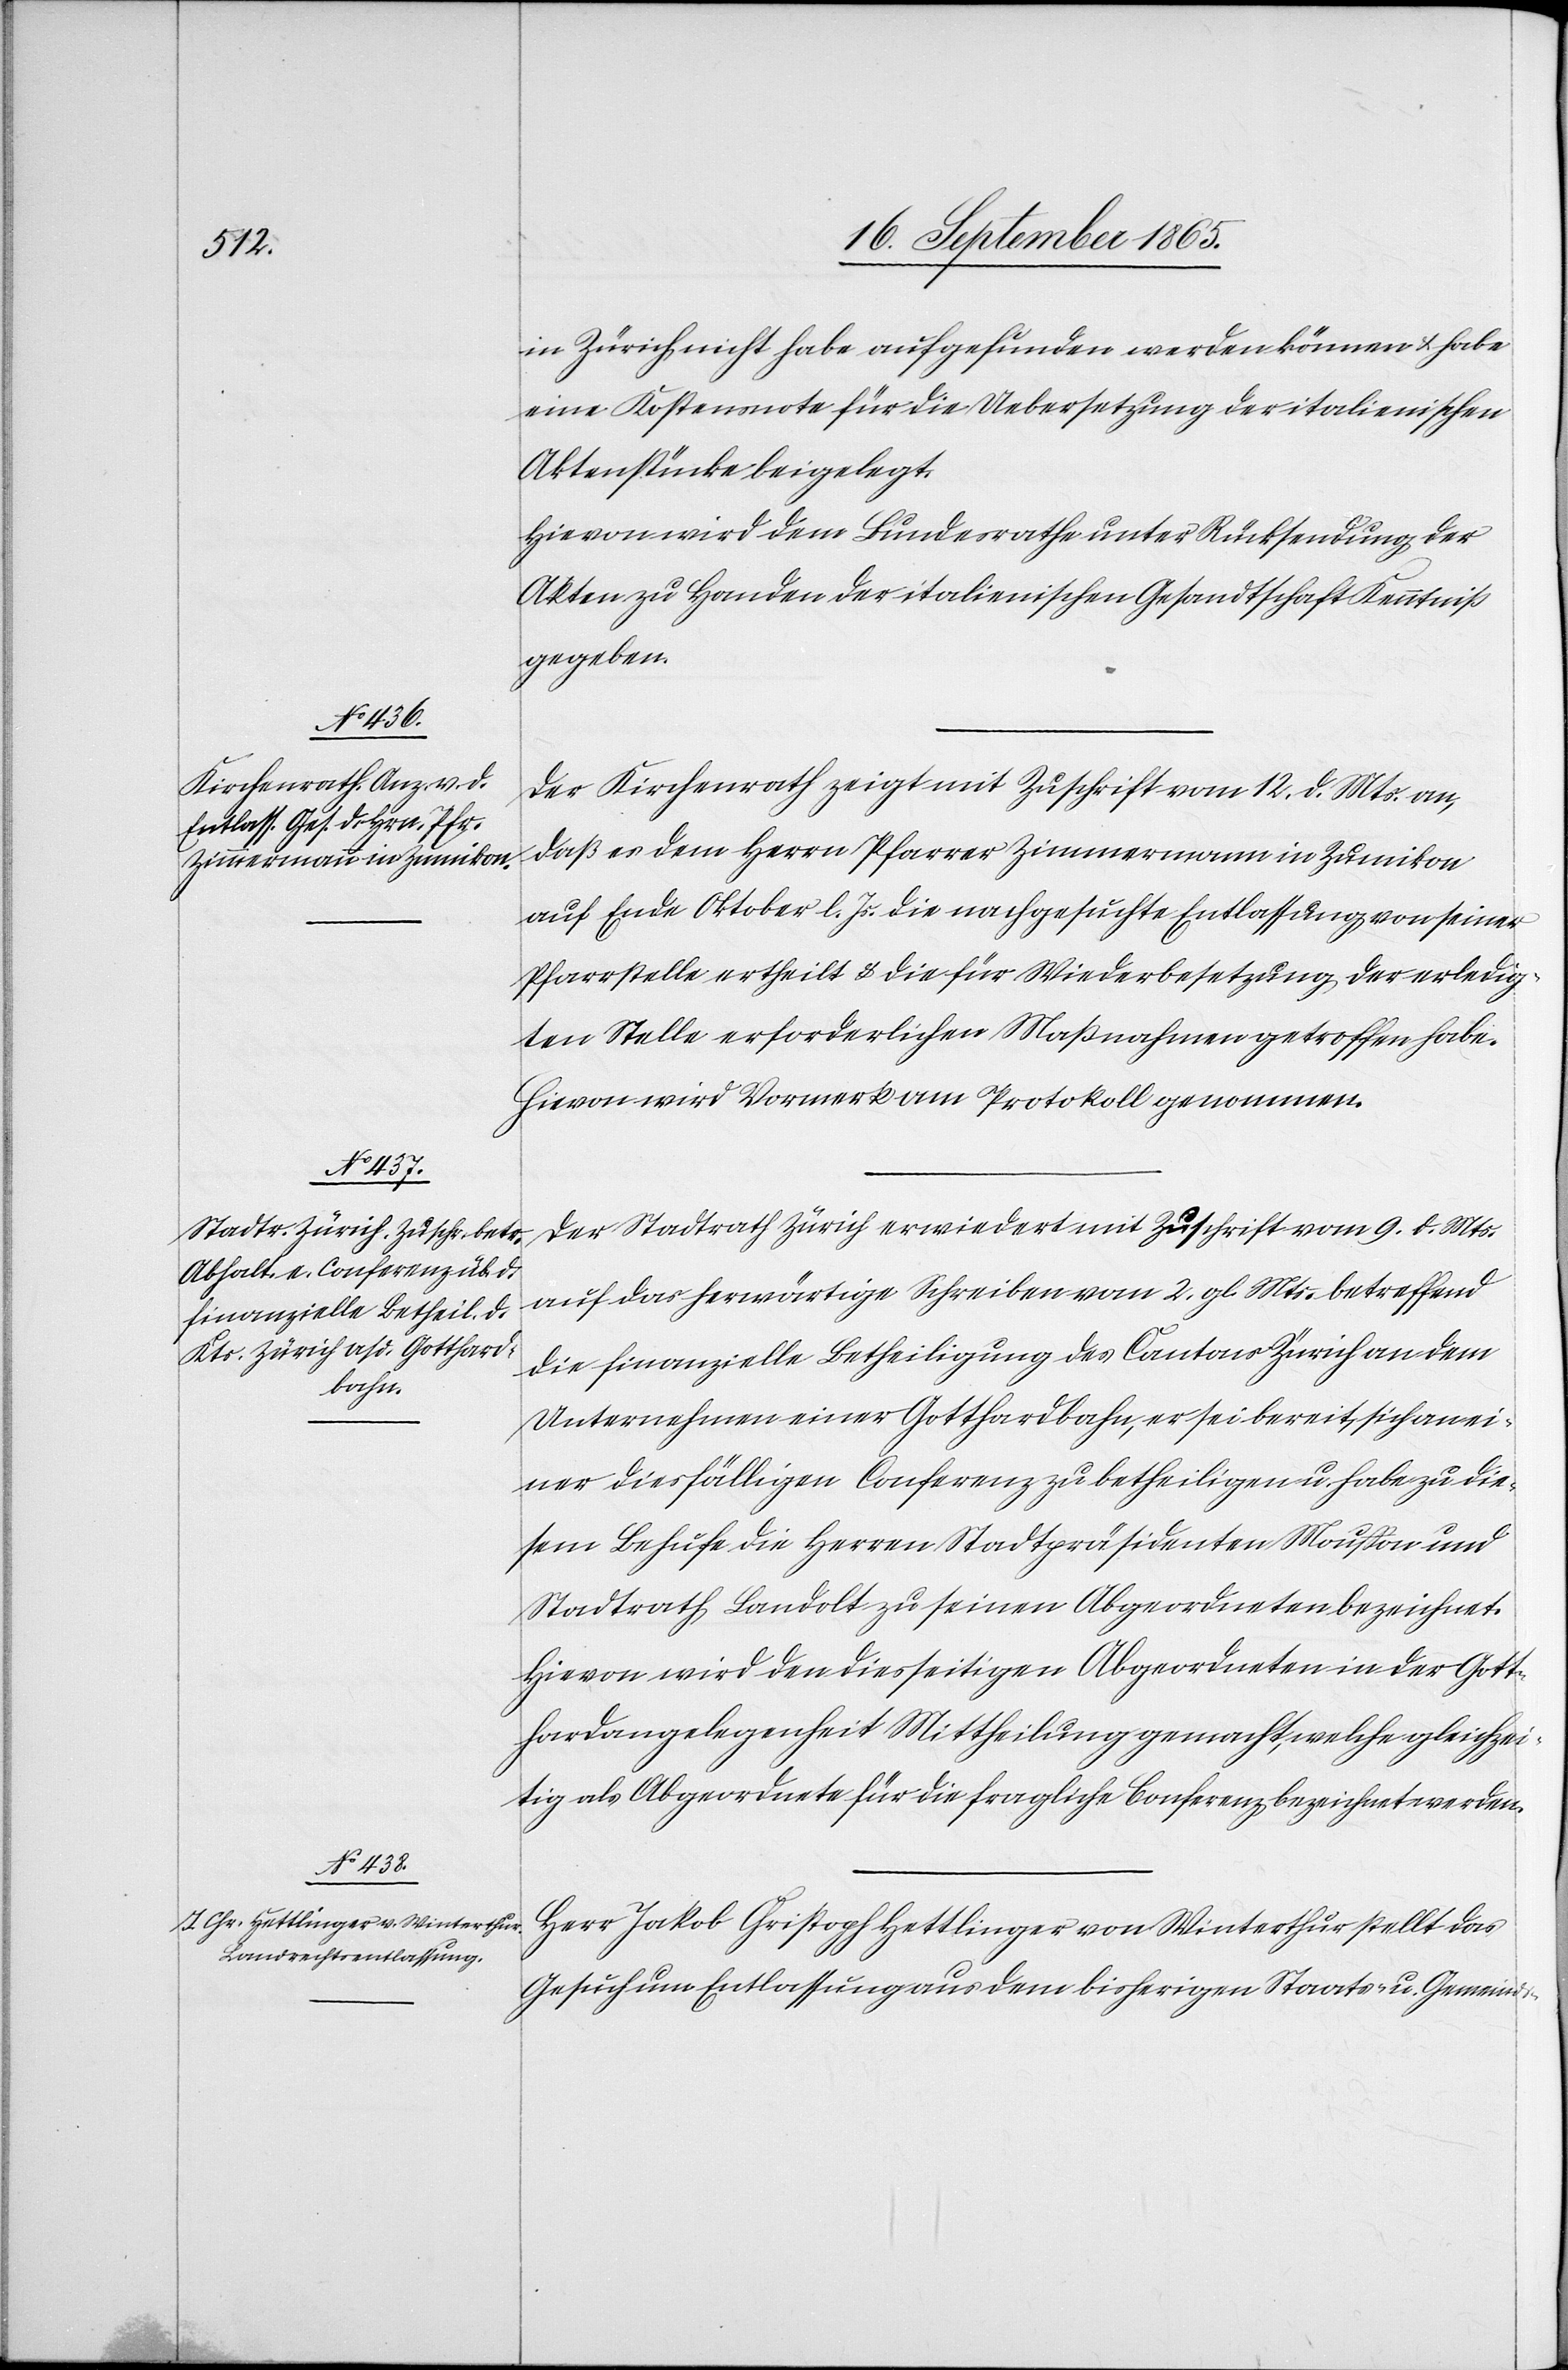
in Zürich nicht habe aufgefunden werden können u. habe
eine Kostensnote für die Uebersetzung der italienischen
Aktenstücke beigelegt.
Hievon wird dem Bundesrathe unter Rücksendung der
Akten zu Handen der italienischen Gesandtschaft Kenntniß
gegeben.
Der Kirchenrath zeigt mit Zuschrift vom 12. d. Mts. an,
daß es dem Herrn Pfarrer Zimmermann in Zumikon
auf Ende Oktober l. Js. die nachgesuchte Entlassung von seiner
Pfarrstelle ertheilt u. die für Wiederbesetzung der erledig¬
ten Stelle erforderlichen Maßnahmen getroffen habe.
Hievon wird Vormerk am Protokoll genommen.
Der Stadtrath Zürich erwiedert mit Zuschrift vom 9. d. Mts.
auf das herwärtige Schreiben vom 2. gl. Mts. betreffend
die finanzielle Betheiligung des Cantons Zürich an dem
Unternehmen einer Gotthardbahn, er sei bereit, sich an ei¬
ner diesfälligen Conferenz zu betheiligen u. habe zu die¬
sem Behufe die Herren Stadtpräsidenten Mousson und
Stadtrath Landolt zu seinen Abgeordneten bezeichnet.
Hievon wird den diesseitigen Abgeordneten in der Gott¬
hardangelegenheit Mittheilung gemacht, welche gleichzei¬
tig als Abgeordnete für die fragliche Conferenz bezeichnet werden.
Herr Jakob Christoph Hettlinger von Winterthur stellt das
Gesuch um Entlassung aus dem bisherigen Staats- u. Gemeinds-